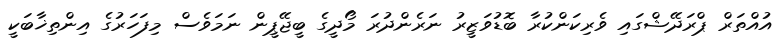
އުއްތަރް ޕްރަދޭޝްގައި ވެރިކަންކުރާ ބޮޑުވަޒީރު ނަރެންދުރަ މޯދީގެ ބީޖޭޕީން ނަމަވެސް މިފަހަރުގެ އިންތިޚާބަކީ